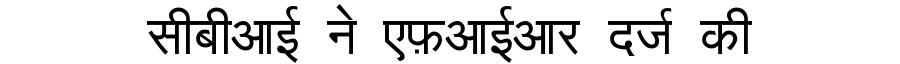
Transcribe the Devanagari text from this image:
सीबीआई ने एफ़आईआर दर्ज की